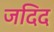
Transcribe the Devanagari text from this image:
जदिद